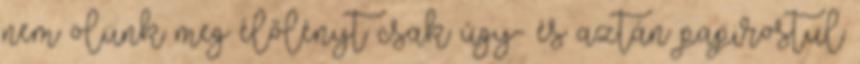
nem ölünk meg élőlényt csak úgy- és aztán papirostul